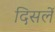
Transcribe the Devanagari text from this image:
दिसलें